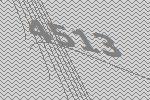
4513